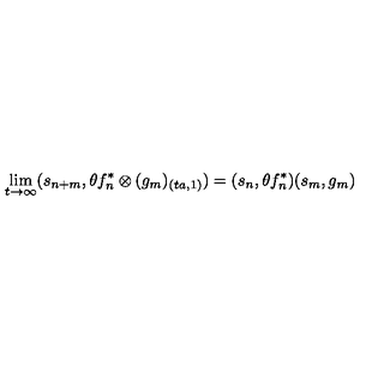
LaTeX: \lim _ { t \rightarrow \infty } ( s _ { n + m } , \theta f _ { n } ^ { \ast } \otimes ( g _ { m } ) _ { ( t a , 1 ) } ) = ( s _ { n } , \theta f _ { n } ^ { \ast } ) ( s _ { m } , g _ { m } )